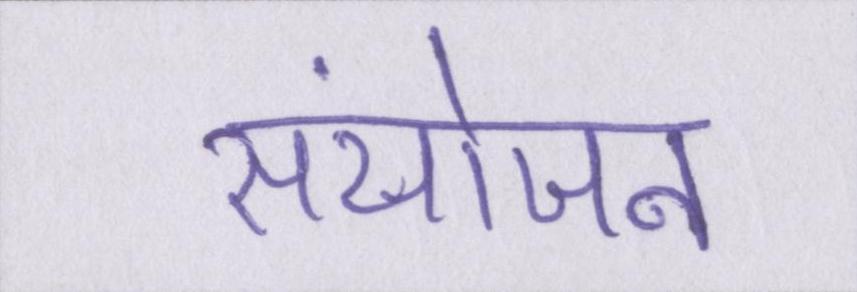
संयोजन